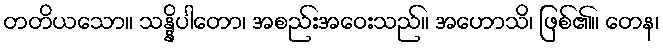
တတိယသော။ သန္နိပါတော၊ အစည်းအဝေးသည်။ အဟောသိ၊ ဖြစ်၏။ တေန၊